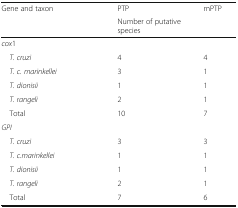
| <ROWSPAN=2> Gene and taxon | PTP | mPTP |
 | <COLSPAN=2> Number of putative species |
 | --- | --- | --- |
 | <COLSPAN=3> cox1 |
 | T. cruzi | 4 | 4 |
 | T. c. marinkellei | 3 | 1 |
 | T. dionisii | 1 | 1 |
 | T. rangeli | 2 | 1 |
 | Total | 10 | 7 |
 | <COLSPAN=3> GPI |
 | T. cruzi | 3 | 3 |
 | T. c.marinkellei | 1 | 1 |
 | T. dionisii | 1 | 1 |
 | T. rangeli | 2 | 1 |
 | Total | 7 | 6 |